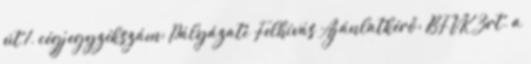
út 1. cégjegyzékszám: Pályázati Felhívás Ajánlatkérő: BFVK Zrt. a